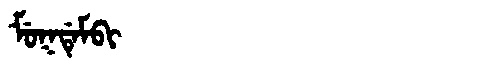
Manchu: ᠮᡠᡴᡩᡝᠮᠪᡳ
Romanization: MUKDEMBI